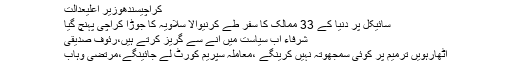
کراچیسندھوزیر اعلیٰعدالت
سائیکل پر دنیا کے 33 ممالک کا سفر طے کرنیوالا سلاویہ کا جوڑا کراچی پہنچ گیا
شرفاء اب سیاست میں آنے سے گریز کرتے ہیں،رئوف صدیقی
اٹھارہویں ترمیم پر کوئی سمجھوتہ نہیں کرینگے ،معاملہ سپریم کورٹ لے جائینگے،مرتضی وہاب